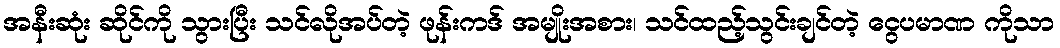
အနီးဆုံး ဆိုင်ကို သွားပြီး သင်လိုအပ်တဲ့ ဖုန်းကဒ် အမျိုးအစား၊ သင်ထည့်သွင်းချင်တဲ့ ငွေပမာဏ ကိုသာ